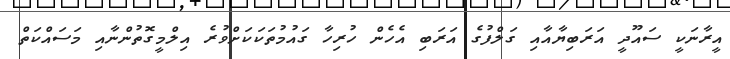
އީރާނަކީ ސައޫދީ އަރަބިޔާއާއި ގަލްފުގެ އަރަބި އެހެން ހުރިހާ ގައުމުތަކަކަށްވުރެ އިލްމީގޮތުންނާއި މަސައްކަތް